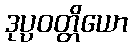
ဒုပ္ပဝတ္တိယော